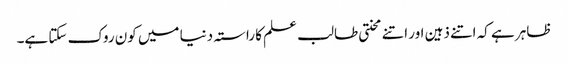
ظاہر ہے کہ اتنے ذہین اور اتنے محنتی طالب علم کا راستہ دنیا میں کون روک سکتا ہے۔